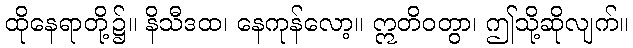
ထိုနေရာတို့၌။ နိသီဒထ၊ နေကုန်လော့။ ဣတိဝတွာ၊ ဤသို့ဆိုလျက်။